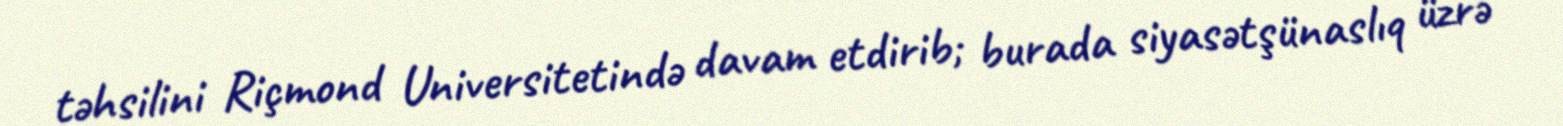
təhsilini Riçmond Universitetində davam etdirib; burada siyasətşünaslıq üzrə